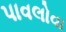
પાવલોવા